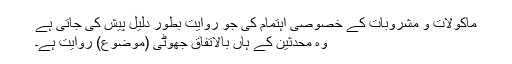
ماکولات و مشروبات کے خصوصی اہتمام کی جو روایت بطورِ دلیل پیش کی جاتی ہے
وہ محدثین کے ہاں بالاتفاق جھوٹی (موضوع) روایت ہے۔